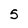
Character: S